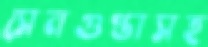
সেনগুপ্তাসহ